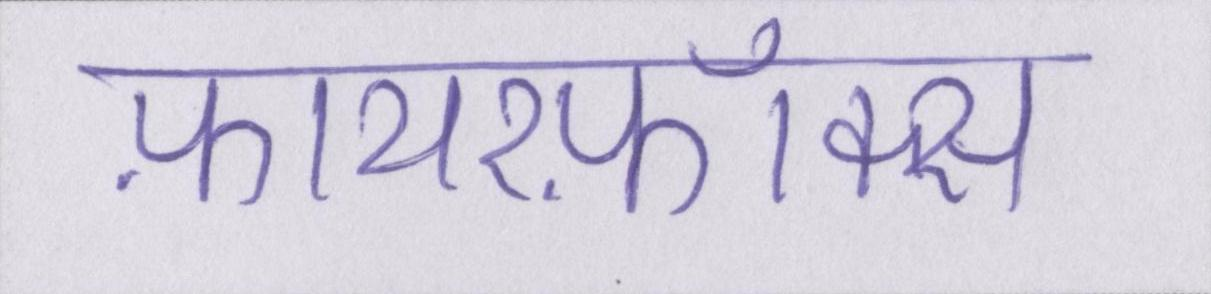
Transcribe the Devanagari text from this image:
फ़ायरफ़ॉक्स